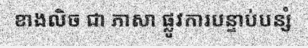
ខាងលិច ជា ភាសា ផ្លូវការបន្ទាប់បន្សំ